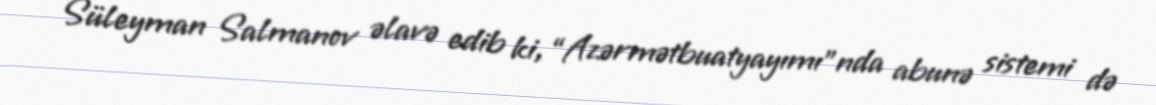
Süleyman Salmanov əlavə edib ki, “Azərmətbuatyayımı”nda abunə sistemi də